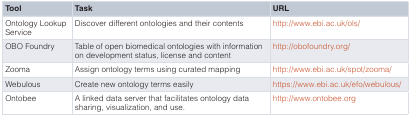
| Tool | Task | URL |
 | --- | --- | --- |
 | Ontology LookupService | Discover different ontologies and their contents | http://www.ebi.ac.uk/ols/ |
 | OBO Foundry | Table of open biomedical ontologies with informationon development status, license and content | http://obofoundry.org/ |
 | Zooma | Assign ontology terms using curated mapping | http://www.ebi.ac.uk/spot/zooma/ |
 | Webulous | Create new ontology terms easily | https://www.ebi.ac.uk/efo/webulous/ |
 | Ontobee | A linked data server that facilitates ontology datasharing, visualization, and use. | http://www.ontobee.org |